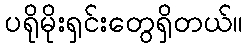
ပရိုမိုးရှင်းတွေရှိတယ်။